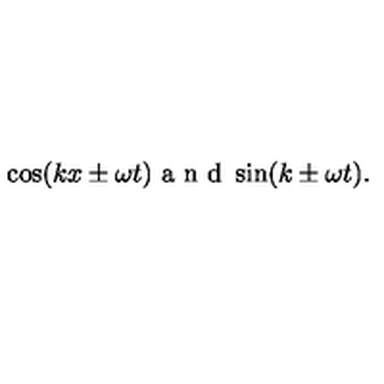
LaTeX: \cos ( k x \pm \omega t ) \textrm { a n d } \sin ( k \pm \omega t ) .